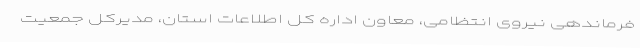
فرماندهی نیروی انتظامی، معاون اداره کل اطلاعات استان، مدیرکل جمعیت